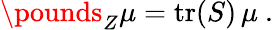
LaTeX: \pounds_{Z}\mu={\mathrm{tr}}(S)\, \mu\ .